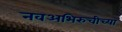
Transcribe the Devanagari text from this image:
नवअभिरुचीच्या